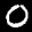
Label: 0